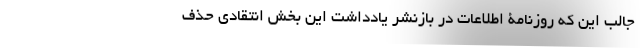
جالب این که روزنامۀ اطلاعات در بازنشر یادداشت این بخش انتقادی حذف